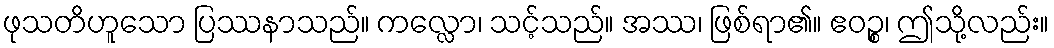
ဖုသတိဟူသော ပြဿနာသည်။ ကလ္လော၊ သင့်သည်။ အဿ၊ ဖြစ်ရာ၏။ ဧဝဉ္စ၊ ဤသို့လည်း။